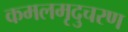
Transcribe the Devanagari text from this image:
कमलमृदुचरण